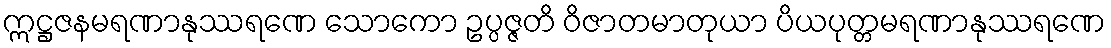
ဣဋ္ဌဇနမရဏာနုဿရဏေ သောကော ဥပ္ပဇ္ဇတိ ဝိဇာတမာတုယာ ပိယပုတ္တမရဏာနုဿရဏေ